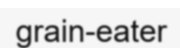
grain-eater